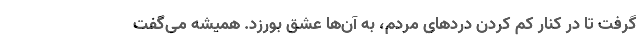
گرفت تا در کنار کم کردن دردهای مردم، به آن‌ها عشق بورزد. همیشه می‌گفت